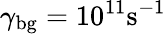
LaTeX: \gamma_{\mathrm{bg}}=10^{11}\mathrm{s^{-1}}